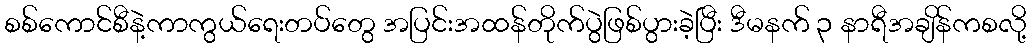
စစ်ကောင်စီနဲ့ကာကွယ်ရေးတပ်တွေ အပြင်းအထန်တိုက်ပွဲဖြစ်ပွားခဲ့ပြီး ဒီမနက် ၃ နာရီအချိန်ကစလို့